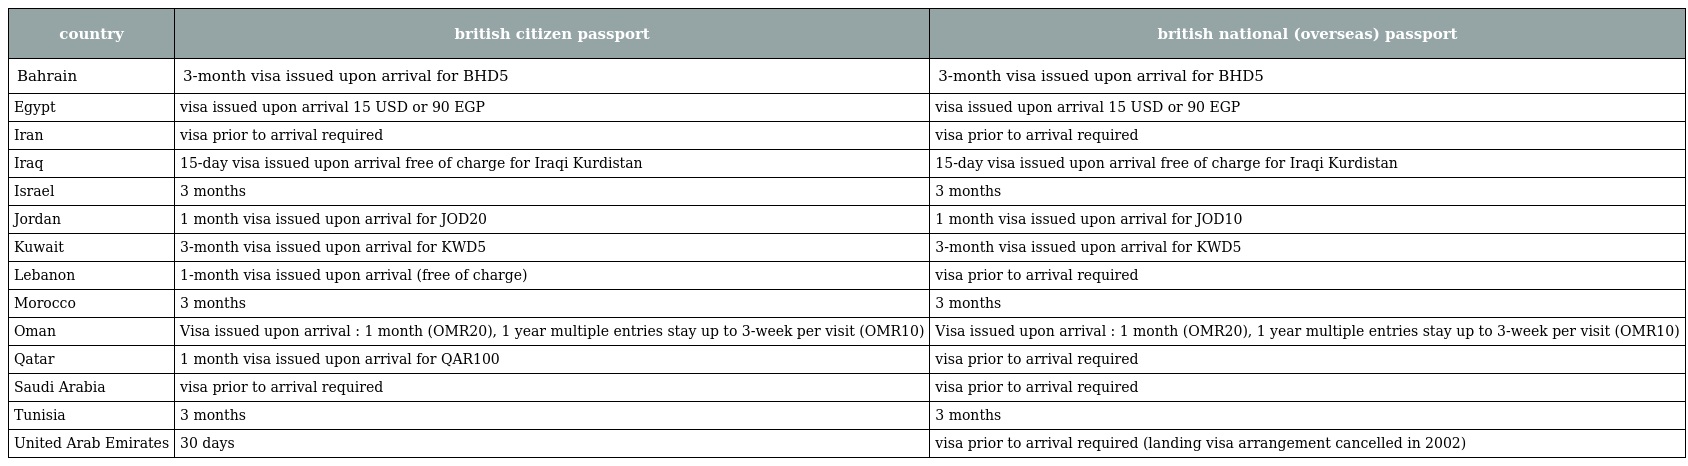
| country | british citizen passport | british national (overseas) passport |
 | --- | --- | --- |
 | Bahrain | 3-month visa issued upon arrival for BHD5 | 3-month visa issued upon arrival for BHD5 |
 | Egypt | visa issued upon arrival 15 USD or 90 EGP | visa issued upon arrival 15 USD or 90 EGP |
 | Iran | visa prior to arrival required | visa prior to arrival required |
 | Iraq | 15-day visa issued upon arrival free of charge for Iraqi Kurdistan | 15-day visa issued upon arrival free of charge for Iraqi Kurdistan |
 | Israel | 3 months | 3 months |
 | Jordan | 1 month visa issued upon arrival for JOD20 | 1 month visa issued upon arrival for JOD10 |
 | Kuwait | 3-month visa issued upon arrival for KWD5 | 3-month visa issued upon arrival for KWD5 |
 | Lebanon | 1-month visa issued upon arrival (free of charge) | visa prior to arrival required |
 | Morocco | 3 months | 3 months |
 | Oman | Visa issued upon arrival : 1 month (OMR20), 1 year multiple entries stay up to 3-week per visit (OMR10) | Visa issued upon arrival : 1 month (OMR20), 1 year multiple entries stay up to 3-week per visit (OMR10) |
 | Qatar | 1 month visa issued upon arrival for QAR100 | visa prior to arrival required |
 | Saudi Arabia | visa prior to arrival required | visa prior to arrival required |
 | Tunisia | 3 months | 3 months |
 | United Arab Emirates | 30 days | visa prior to arrival required (landing visa arrangement cancelled in 2002) |